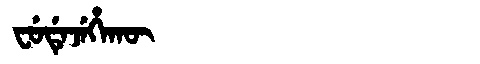
Manchu: ᠸᡠᡩᡝᠵᡝᡥᠠᡴᡡ
Romanization: FUDEJEHAKŪ